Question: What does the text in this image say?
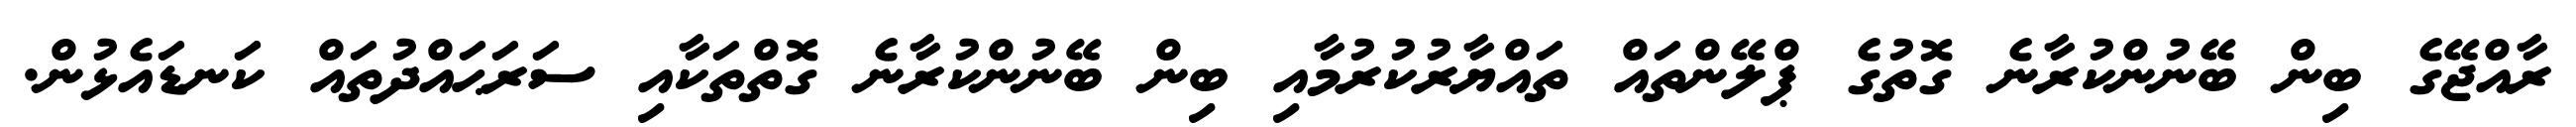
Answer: ރާއްޖޭގެ ބިން ބޭނުންކުރާނެ ގޮތުގެ ޕްލޭންތައް ތައްޔާރުކުރުމާއި ބިން ބޭނުންކުރާނެ ގޮތްތަކާއި ސަރަޙައްދުތައް ކަނޑައެޅުން.